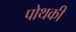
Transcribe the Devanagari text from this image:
पोथकी